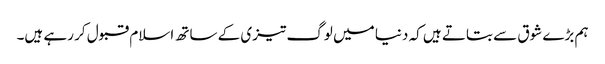
ہم بڑے شوق سے بتاتے ہیں کہ دنیا میں لوگ تیزی کے ساتھ اسلام قبول کر رہے ہیں۔